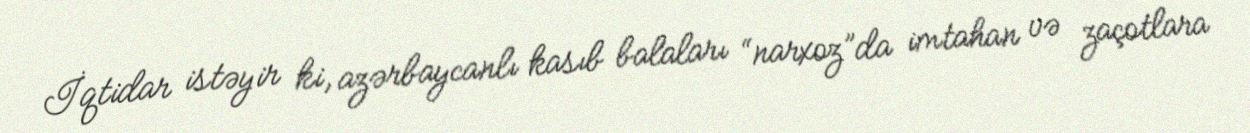
İqtidar istəyir ki, azərbaycanlı kasıb balaları “narxoz”da imtahan və zaçotlara